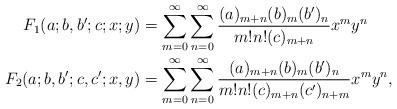
LaTeX: \begin{align*} F_1(a;b,b';c;x;y) &= \sum_{m=0}^\infty \sum_{n=0}^\infty \frac{ (a)_{m+n} (b)_m (b')_n }{m! n! (c)_{m+n} } x^m y^n \\ F_2(a;b,b';c,c';x,y) &= \sum_{m=0}^\infty \sum_{n=0}^\infty\frac{ (a)_{m+n} (b)_m (b')_n }{m! n! (c)_{m+n} (c')_{n+m} } x^m y^n,\end{align*}